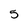
Character: 5